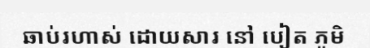
ឆាប់រហាស់ ដោយសារ នៅ បៀត ភូមិ